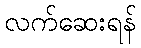
လက်ဆေးရန်